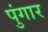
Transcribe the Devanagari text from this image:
पुंगार